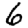
Digit: 6